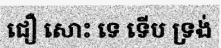
ជឿ សោះ ទេ ទើប ទ្រង់